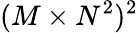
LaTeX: (M\times N^{2})^{2}